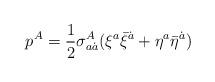
LaTeX: \begin{align*}p^A=\frac 12 \sigma _{a\dot a}^A(\xi ^a\bar \xi ^{\dot a}+\eta^a\bar \eta ^{\dot a})\end{align*}